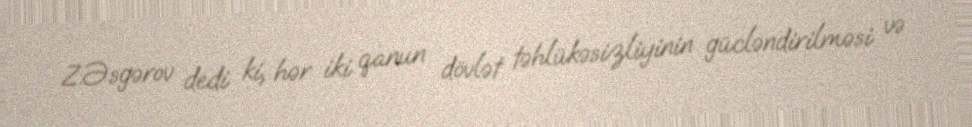
Z.Əsgərov dedi ki, hər iki qanun dövlət təhlükəsizliyinin gücləndirilməsi və